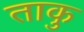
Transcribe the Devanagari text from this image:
ताकु